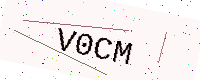
Text: V0CM